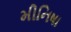
મીનિષા